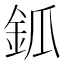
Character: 𨥝